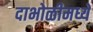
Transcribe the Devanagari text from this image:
दाभोळीमध्ये